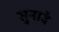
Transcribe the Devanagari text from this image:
सुनावे